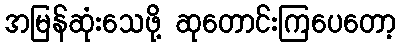
အမြန်ဆုံးသေဖို့ ဆုတောင်းကြပေတော့